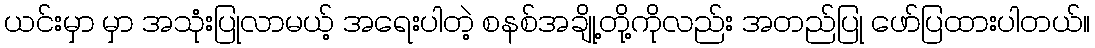
ယင်းမှာ မှာ အသုံးပြုလာမယ့် အရေးပါတဲ့ စနစ်အချို့တို့ကိုလည်း အတည်ပြု ဖော်ပြထားပါတယ်။